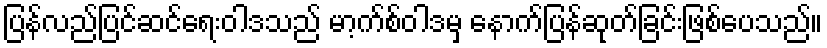
ပြန်လည်ပြင်ဆင်ရေးဝါဒသည် မာ့က်စ်ဝါဒမှ နောက်ပြန်ဆုတ်ခြင်းဖြစ်ပေသည်။